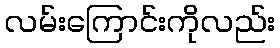
လမ်းကြောင်းကိုလည်း